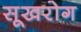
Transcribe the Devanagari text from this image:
सूखरोग